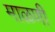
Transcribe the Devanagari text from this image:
माळणी